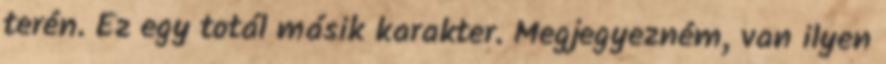
terén. Ez egy totál másik karakter. Megjegyezném, van ilyen